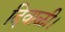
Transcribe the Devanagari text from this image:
दिवाळी।